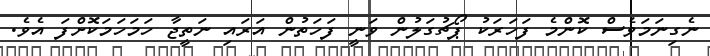
ނެގިނަމަވެސް ކޮންމެ ފަހަރަކު ޕޯޗުގަލުން ވަނީ ފަހަތުން އަރައި ނަތީޖާ ހަމަހަމަކޮށްފަ އެވެ.